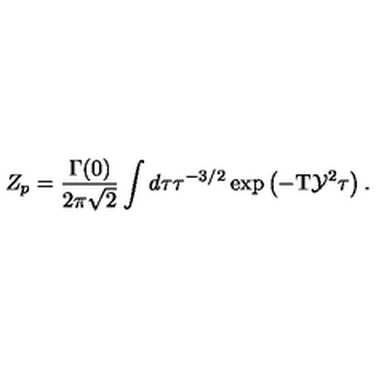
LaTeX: { Z _ { p } } = { \frac { \Gamma ( 0 ) } { 2 \pi \sqrt { 2 } } } \int d \tau { \tau ^ { - 3 / 2 } } \exp \left( - \mathrm { T } { \mathcal { Y } ^ { 2 } } \tau \right) .